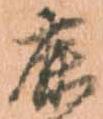
鹿